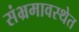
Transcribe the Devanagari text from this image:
संभ्रमावस्थेत